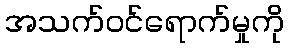
အသက်ဝင်ရောက်မှုကို